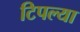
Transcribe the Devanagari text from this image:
टिपल्या